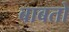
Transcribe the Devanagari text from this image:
बाबतो